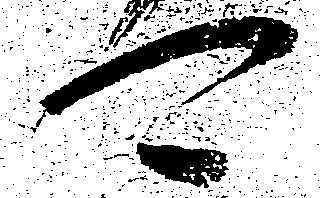
可